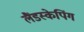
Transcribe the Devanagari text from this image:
लैंडस्केपिंग